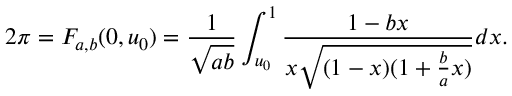
2 \pi = F _ { a , b } ( 0 , u _ { 0 } ) = \frac { 1 } { \sqrt { a b } } \int _ { u _ { 0 } } ^ { 1 } \frac { 1 - b x } { x \sqrt { ( 1 - x ) ( 1 + \frac { b } { a } x ) } } d x .